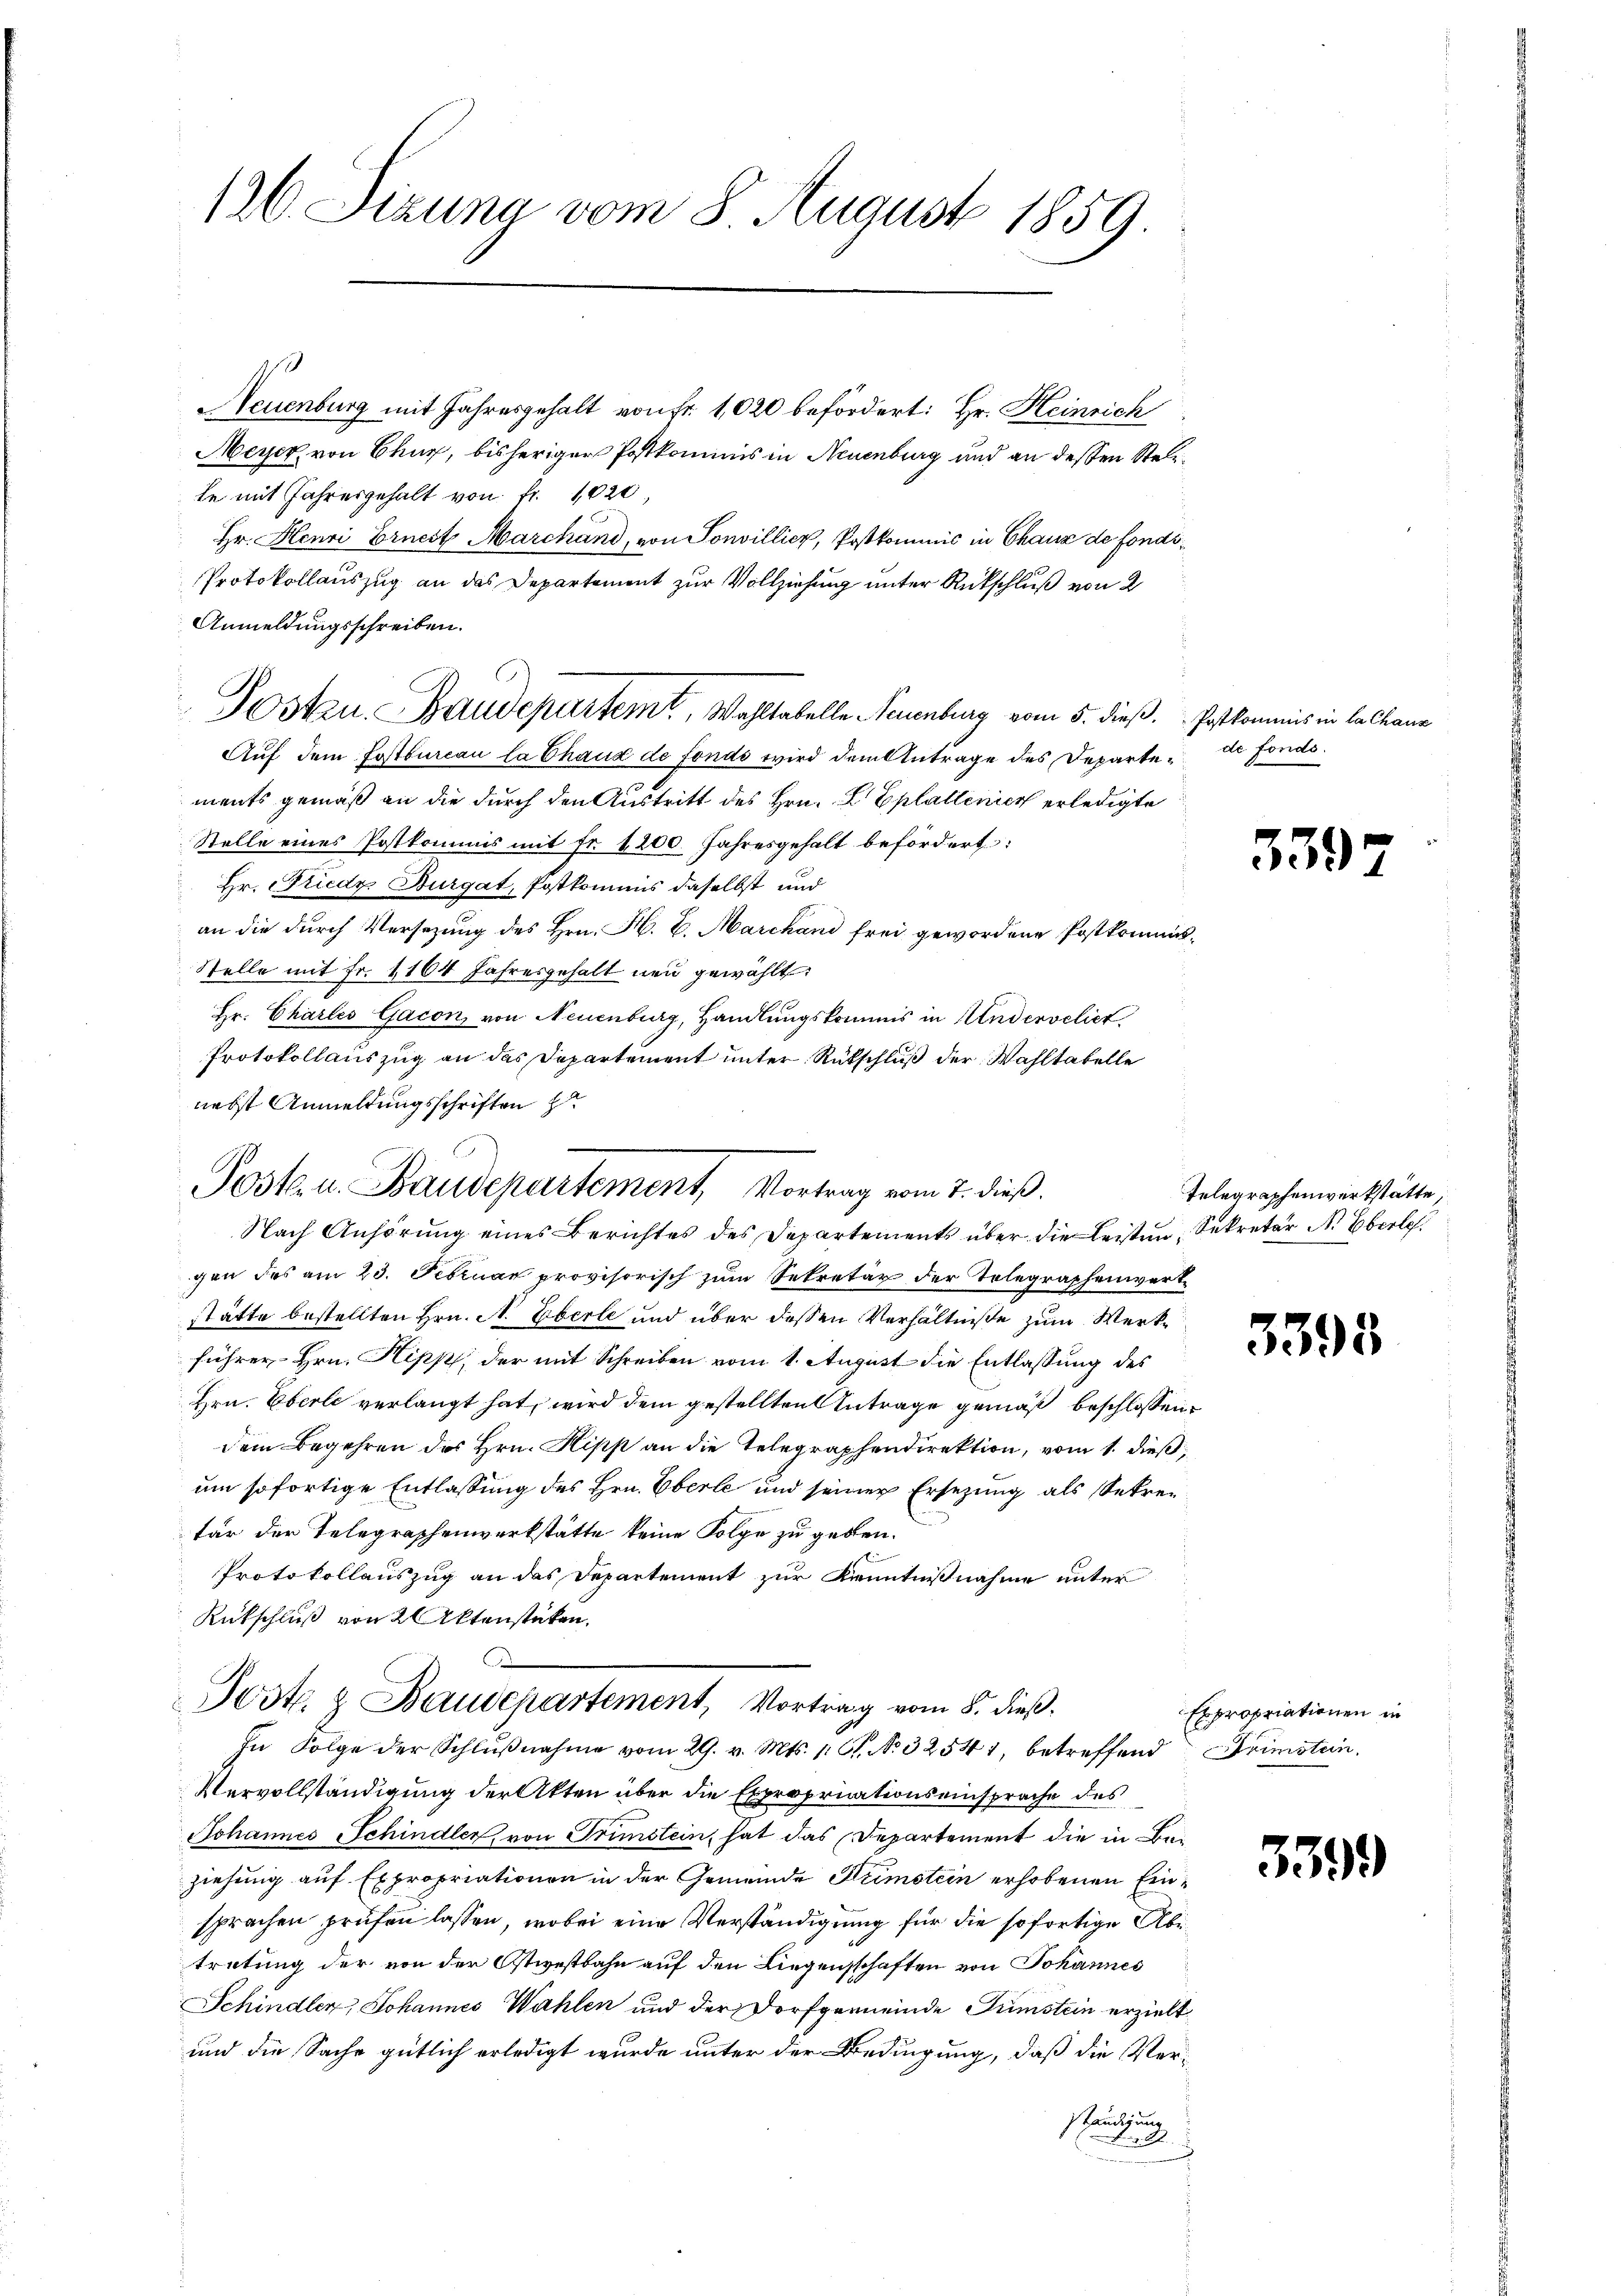
126. Dizuna vom 8 August 1859.

Neuenburg mit Jahresgehalt von Fr. 1020 befördert: Hr. Heinrich
Meyer von Chur, bisheriger Postkommis in Neuenburg und an dessen Steite mit Jahresgehalt von fr. 1020
Hr. Henri Ernest Marchand, von Sonvillicz, Postkommnis in Chaux de fonds¬
Protokollauszug an das Departement zur Vollziehung unter Rückschluß von 2
Anmeldungsschreiben.
Posten. Baudepartemt, Wahltabelle Neuenburg vom 5. dieß. Postkommis in Calkane
Auf dem Postbureau la Chaux de fonds wird dem Antrage des Departe de fonds.
ments gemäß an die durch den Austritt des Hrn. L. Eplallenier erledigte
Stelle eines Postkommis mit fr. 1200 Jahresgehalt befördert:
 Hr. Friedr. Burgat, Postkommnis daselbst und
an die durch Versezung des Hrn. H. E. Marchani frei gewordene Postkommis¬
Stelle mit Fr. 1164 Jahresgehalt neu gewählt:
Hr. Chartes Gacon, von Neuenburg, Handlungskommis in Andervelict,
Protokollauszug an das Departement unter Rückschluß der Wahltabelle
nebst Anmeldungsschriften h

Poste u. Baudepartement, Vortrag vom 7. dieß.

Nach Anhörung eines Berichtes des Departements über die Leisten Sekretär N. O.
gen des am 23. Februar provisorisch zum Sekretär der Telegraphenwerkstätte bestellten Hrn. A. Eberle und über dessen Verhältniße zum Werkführer Hrn. Hipp, der mit Schreiben vom 1. August die Entlassung des
Hrn. Eberle verlangt hat, wird dem gestellten Antrage gemäß beschlossen:
dem Begehren des Hrn. Hipp an die Telegraphendirektion, vom 1. dieß,
um sofortige Entlassung des Hrn. Oberle und seiner Ersezung als Sekrefür der Telegraphenwerkstätte keine Folge zu geben.
Protokollauszug an das Departement zur Kenntnißnahme unter
Rückschluß von 2 Aktenstücken.
1
Jostl. z. Baudepartement, Vortrag vom 8. dieß,
In Folge der Schlŭβnahme vom 29. v. Mts. 1. G. N. 32541, betreffend Grimstein,
Vervollständigung der Akten über die Expropriationseinsprache des
Johannes Schindler, von Trimstein, hat das Departement die in Beziehung auf Expropriationen in der Gemeinde Semstein erhobenen Einsprachen prüfen lassen, wobei eine Verständigung für die sofortige Abtretung der von der Ostwestbahn auf den Liegensschaften von Johannes
Schindler, Johannes Wahlen und der Dorfgemeinde Gunstein erzielt
und die Sache gütlich erledigt wurde unter der Bedingung, daß die Verständigung

539

Telegraphenwerkstätte,

5395

Expropriationen in

3399